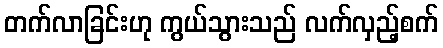
တက်လာခြင်းဟု ကွယ်သွားသည် လက်လှည့်စက်